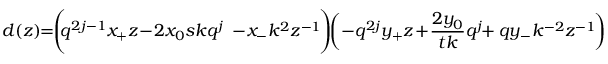
d ( z ) \! \! = \! \! \left( \! \! q ^ { 2 j - 1 } x _ { + } z \! - \! 2 x _ { 0 } s k q ^ { j } \phantom { \frac { q ^ { j } } { s } } \! \! \! \! \! \! - \! x _ { - } k ^ { 2 } z ^ { - 1 } \! \right) \! \! \left( - q ^ { 2 j } y _ { + } z \! + \! \frac { 2 y _ { 0 } } { t k } q ^ { j } \! \! + q y _ { - } k ^ { - 2 } z ^ { - 1 } \! \right) ,